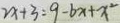
2 x + 3 = 9 - b x + x ^ { 2 }